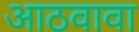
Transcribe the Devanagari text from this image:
आठवावा